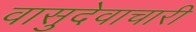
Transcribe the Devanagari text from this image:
वासुदेवाचारी